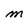
Character: m